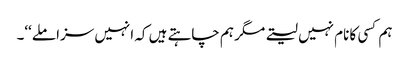
ہم کسی کا نام نہیں لیتے مگر ہم چاہتے ہیں کہ انہیں سزا ملے‘‘۔